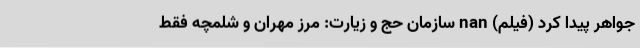
جواهر پیدا کرد (فیلم) nan سازمان حج و زیارت: مرز مهران و شلمچه فقط